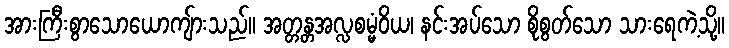
အားကြီးစွာသောယောကျ်ားသည်။ အတ္တန္တအလ္လစမ္မံဝိယ၊ နင်းအပ်သော စိုစွတ်သော သားရေကဲ့သို့။